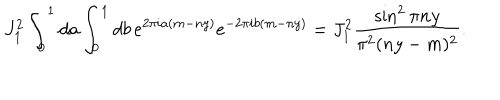
LaTeX: J _ { 1 } ^ { 2 } \int _ { 0 } ^ { 1 } d a \int _ { 0 } ^ { 1 } d b \, e ^ { 2 \pi i a ( m - n y ) } e ^ { - 2 \pi i b ( m - n y ) } = J _ { 1 } ^ { 2 } \frac { \sin ^ { 2 } \pi n y } { \pi ^ { 2 } ( n y - m ) ^ { 2 } } .